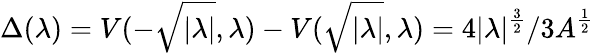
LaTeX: \Delta(\lambda)=V(-\sqrt{|\lambda|},\lambda)-V(\sqrt{|\lambda|},\lambda)=4|\lambda|^{\frac{3}{2}}/3A^{\frac 12}